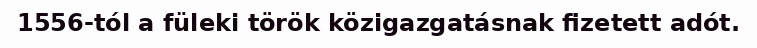
1556-tól a füleki török közigazgatásnak fizetett adót.